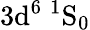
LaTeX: \mathrm{3d^{6}\ ^{1}S_{0}}